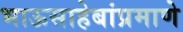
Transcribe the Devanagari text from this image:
भाऊसाहेबांप्रमाणे